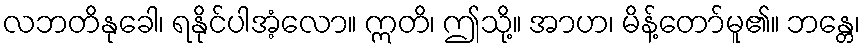
လဘတိနုခေါ၊ ရနိုင်ပါအံ့လော။ ဣတိ၊ ဤသို့။ အာဟ၊ မိန့်တော်မူ၏။ ဘန္တေ၊